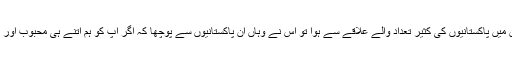
میری نظر سے ایک انگریز کی بات گزری ہے‘ کہ اس کا یعنی انگریز کا گزر لندن میں پاکستانیوں کی کثیر تعداد والے علاقے سے ہوا تو اس نے وہاں ان پاکستانیوں سے پوچھا کہ اگر آپ کو ہم اتنے ہی محبوب اور پسند تھے‘ اور پھر آپ نے یہیں‘ آکر رہنا تھا تو ہم سے آزادی کیوں حاصل کی تھی۔